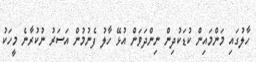
ހާލުގައި މަންމައިން ކުޑަކުދިން ނިންދަވަން އުޅޭ ހާލު ފެނުމުން އަސަރު ނުކުރާނެ މީހަކު